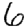
Digit: 6